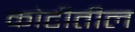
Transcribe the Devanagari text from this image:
कोटीतील